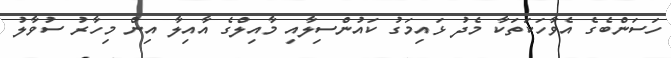
ހަސަންބެގެ އެވާހަކަތަކާ މެދު ޅައިމަގު ކައުންސިލާއި މާއިލްގެ އާއިލާ އިން މިހާރު ސުވާލު